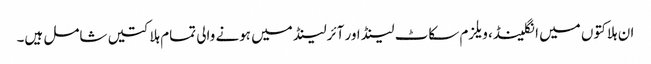
ا ن ہلاکتوں میں انگلینڈ، ویلزم سکاٹ لینڈ اور آئرلینڈ میں ہونے والی تمام ہلاکتیں شامل ہیں۔